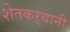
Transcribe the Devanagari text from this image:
शेतकऱ्यानी